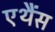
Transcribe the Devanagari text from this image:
एथैंस